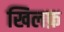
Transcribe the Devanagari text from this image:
खिलफ़